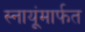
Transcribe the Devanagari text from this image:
स्नायूंमार्फत